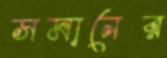
সমানের